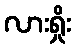
လားရှိုး